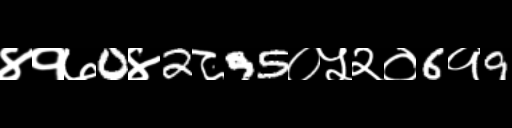
Text: ४१७0४2८95०५२०6१9